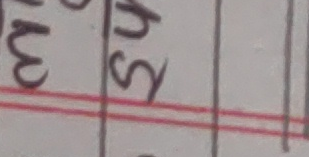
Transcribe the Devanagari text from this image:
५५